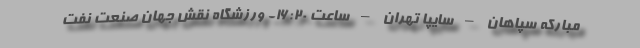
مبارکه سپاهان – سایپا تهران – ساعت ۱۶:۲۰- ورزشگاه نقش جهان صنعت نفت